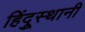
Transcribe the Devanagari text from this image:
हिंदूुस्थानी